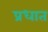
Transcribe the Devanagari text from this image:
प्रधात